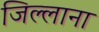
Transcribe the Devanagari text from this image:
जिल्लाना